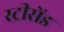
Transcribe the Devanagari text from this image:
स्ट्रीसेंड